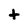
Character: t